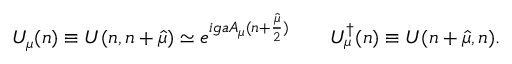
U _ { \mu } ( n ) \equiv U ( n , n + \hat { \mu } ) \simeq e ^ { i g a A _ { \mu } ( n + { \frac { \hat { \mu } } { 2 } } ) } \quad \quad U _ { \mu } ^ { \dagger } ( n ) \equiv U ( n + \hat { \mu } , n ) .